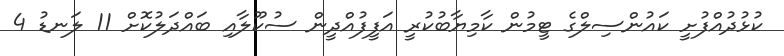
ކުޅުދުއްފުށީ ކައުންސިލްގެ ޓީމުން ކާމިޔާބުކުރީ އަފީފުއްދީން ސުކޫލާއި ބައްދަލުކޮށް 11 ލަނޑު 4